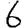
Digit: 6